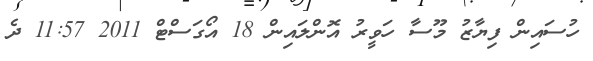
ހުސައިން ފިޔާޒު މޫސާ ހަވީރު އޮންލައިން 18 އޯގަސްޓް 2011 11:57 ދެ